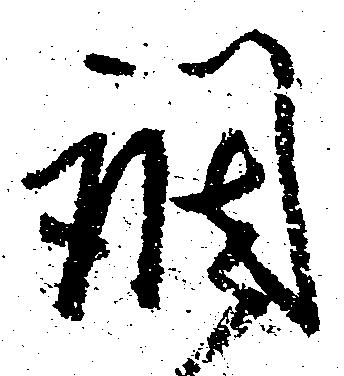
調